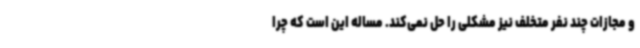
و مجازات چند نفر متخلف نیز مشکلی را حل نمی‌کند. مساله این است که چرا